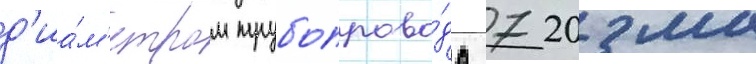
д'иа́м'етром трубопрово́да 720 мм